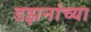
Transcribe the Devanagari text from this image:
डझनांच्या